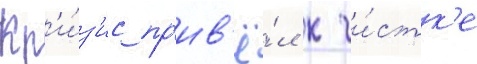
Кр'и́з'ис пр'ив'ё́л к чи́стк'е